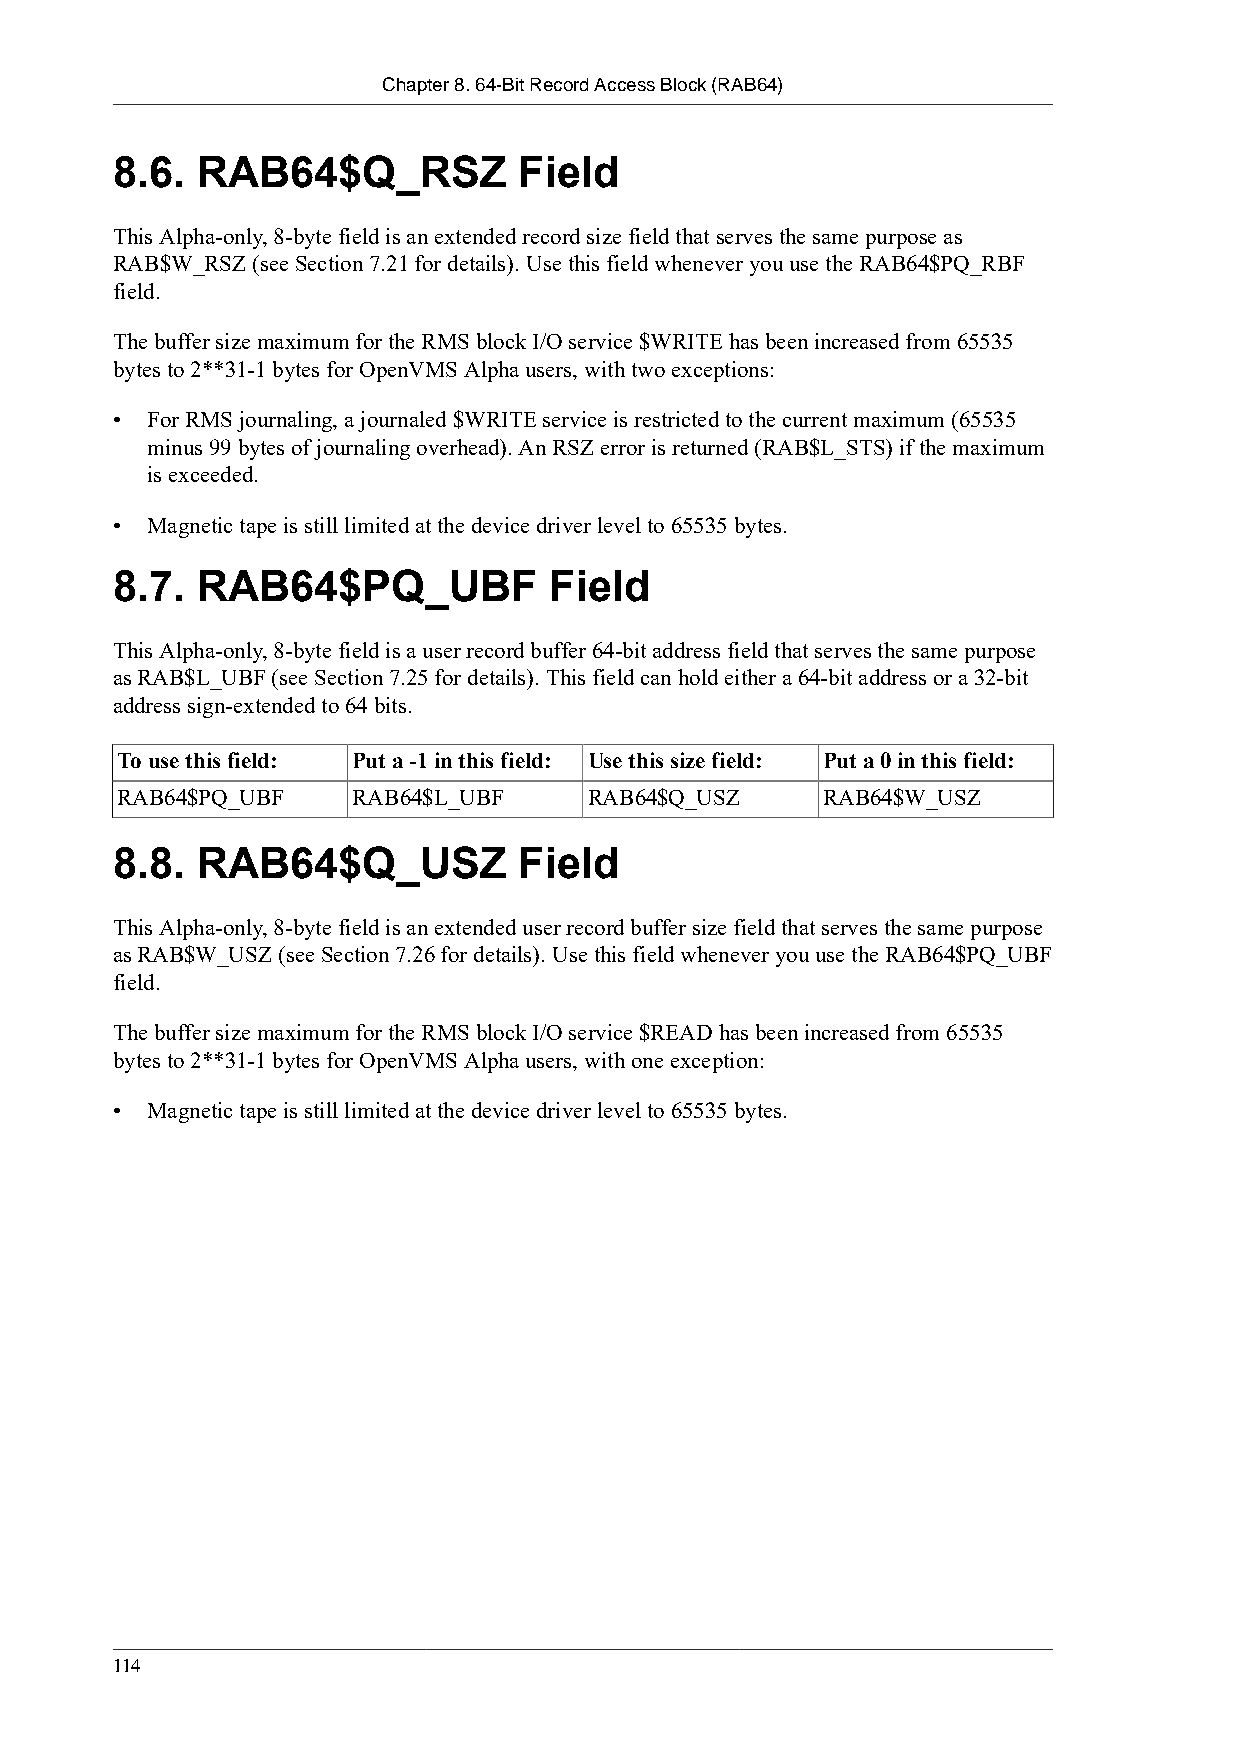
Chapter 8. 64-Bit Record Access Block (RAB64)
 8.6.  RAB64$Q_RSZ          Field
 This Alpha-only, 8-byte field is an extended record size field that serves the same purpose as
 RAB$W_RSZ (see Section 7.21 for details). Use this field whenever you use the RAB64$PQ_RBF
 field.
 The buffer size maximum for the RMS block I/O service $WRITE has been increased from 65535
 bytes to 2**31-1 bytes for OpenVMS Alpha users, with two exceptions:
 •  For RMS journaling, a journaled $WRITE service is restricted to the current maximum (65535
 minus 99 bytes of journaling overhead). An RSZ error is returned (RAB$L_STS) if the maximum
 is exceeded.
 •  Magnetic tape is still limited at the device driver level to 65535 bytes.
 8.7.  RAB64$PQ_UBF           Field
 This Alpha-only, 8-byte field is a user record buffer 64-bit address field that serves the same purpose
 as RAB$L_UBF (see Section 7.25 for details). This field can hold either a 64-bit address or a 32-bit
 address sign-extended to 64 bits.
 To use this field: Put a -1 in this field: Use this size field: Put a 0 in this field:
 RAB64$PQ_UBF   RAB64$L_UBF     RAB64$Q_USZ    RAB64$W_USZ
 8.8.  RAB64$Q_USZ          Field
 This Alpha-only, 8-byte field is an extended user record buffer size field that serves the same purpose
 as RAB$W_USZ (see Section 7.26 for details). Use this field whenever you use the RAB64$PQ_UBF
 field.
 The buffer size maximum for the RMS block I/O service $READ has been increased from 65535
 bytes to 2**31-1 bytes for OpenVMS Alpha users, with one exception:
 •  Magnetic tape is still limited at the device driver level to 65535 bytes.
 114